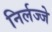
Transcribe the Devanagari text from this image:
निर्लज्जे